Anatomy and histology of ticks - Number 23
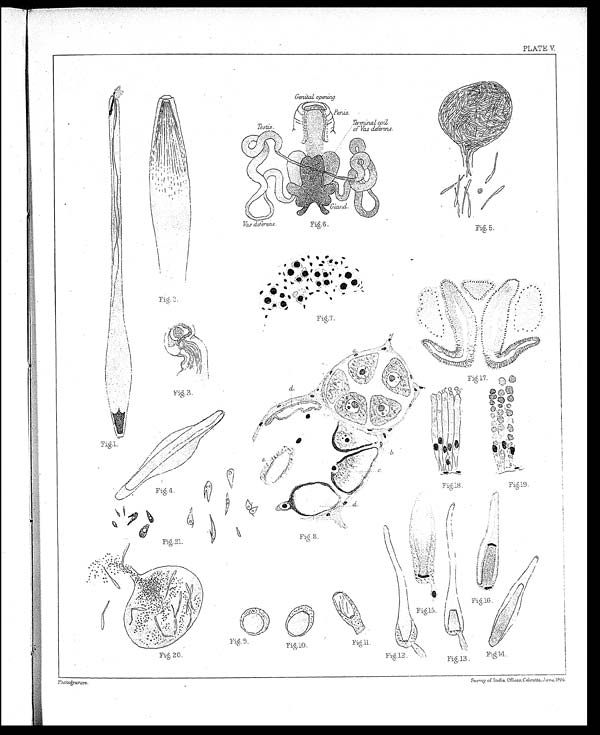
PLATE V.
Fig. 7.
F i g . 3 .
F i g . 1 5 .
Fig. 16.
Fig. 9.
Fig. 10.
Fig. 20.
F i g . 1 2 .
Fig. 19.
Fig. 18.
Fig. 6.
Fig. 5.
F i g . 2 1 .
Fig. 8.
Photogravure.
Survey of India Offices, Calcutta, June, 1905.